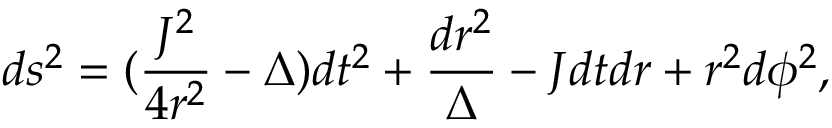
d s ^ { 2 } = ( \frac { J ^ { 2 } } { 4 r ^ { 2 } } - \Delta ) d t ^ { 2 } + \frac { d r ^ { 2 } } { \Delta } - J d t d r + r ^ { 2 } d \phi ^ { 2 } ,